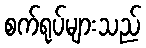
စက်ရုပ်များသည်